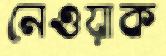
নেওয়াক